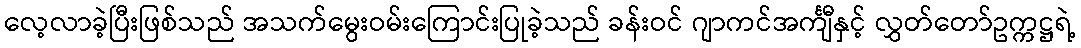
လေ့လာခဲ့ပြီးဖြစ်သည် အသက်မွေးဝမ်းကြောင်းပြုခဲ့သည် ခန်းဝင် ဂျာကင်အင်္ကျီနှင့် လွှတ်တော်ဥက္ကဋ္ဌရဲ့